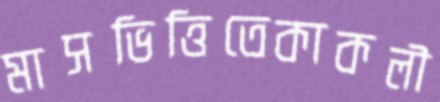
মাসভিত্তিতেকাকলী